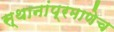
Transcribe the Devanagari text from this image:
स्थानांप्रमाणेच